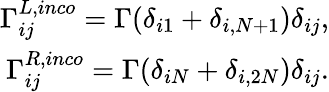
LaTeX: \begin{array}{r}{\Gamma_{ij}^{L,inco}=\Gamma(\delta_{i1}+\delta_{i,N+1})\delta_{ij},}\\ {\Gamma_{ij}^{R,inco}=\Gamma(\delta_{iN}+\delta_{i,2N})\delta_{ij}.}\end{array}